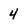
Character: 4